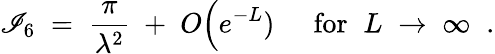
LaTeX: \mathscr{I}_{6}\; =\; \frac{{\pi}}{{\lambda^{2}}}\; +\; O\Big(e^{-L})\; \; \; \; \; \mathrm{{for}}\; \; L\; \rightarrow\; \infty\; \; .